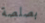
بصلصة